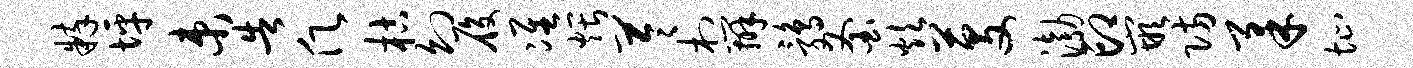
粹坪束告愿枯幻履准煨苓村辨鹑釜炊芟渤印嵌防柔址